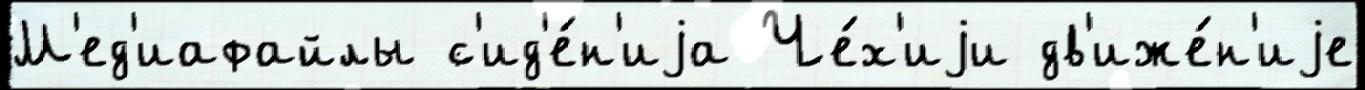
М'ед'иафайлы с'ид'е́н'иjа Че́х'иjи дв'иже́н'иjе